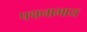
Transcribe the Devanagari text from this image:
पद्मनाभाय